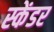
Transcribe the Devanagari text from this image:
स्केंडर